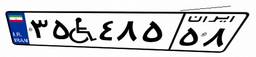
۳۵W۴۸۵۵۸